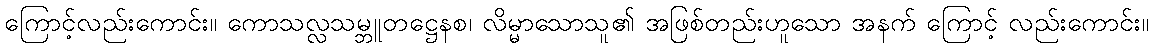
ကြောင့်လည်းကောင်း။ ကောသလ္လသမ္ဘူတဋ္ဌေနစ၊ လိမ္မာသောသူ၏ အဖြစ်တည်းဟူသော အနက် ကြောင့် လည်းကောင်း။